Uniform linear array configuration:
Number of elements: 24
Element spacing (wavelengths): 1
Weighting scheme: exponential
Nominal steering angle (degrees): -45
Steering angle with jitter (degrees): -46.855
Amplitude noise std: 0.05
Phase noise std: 0.05

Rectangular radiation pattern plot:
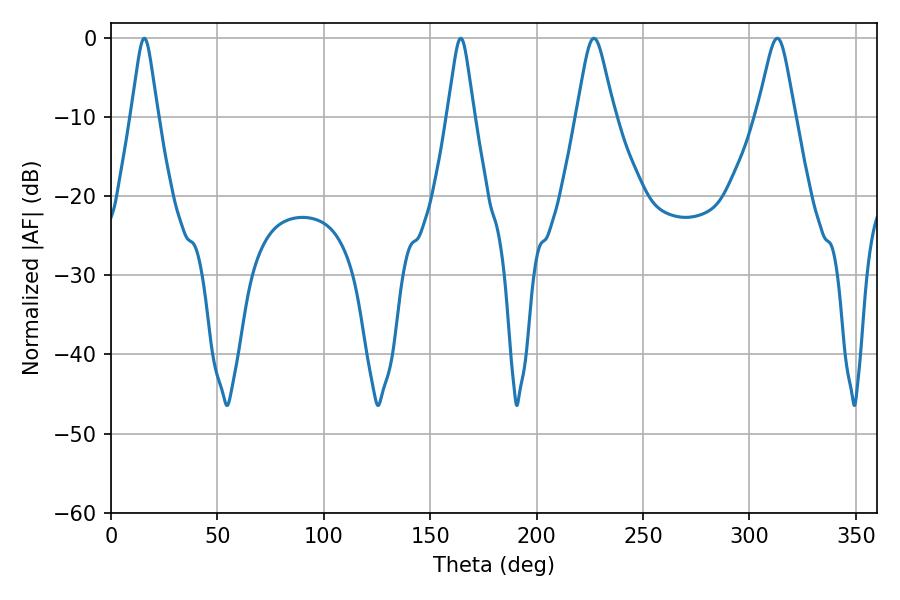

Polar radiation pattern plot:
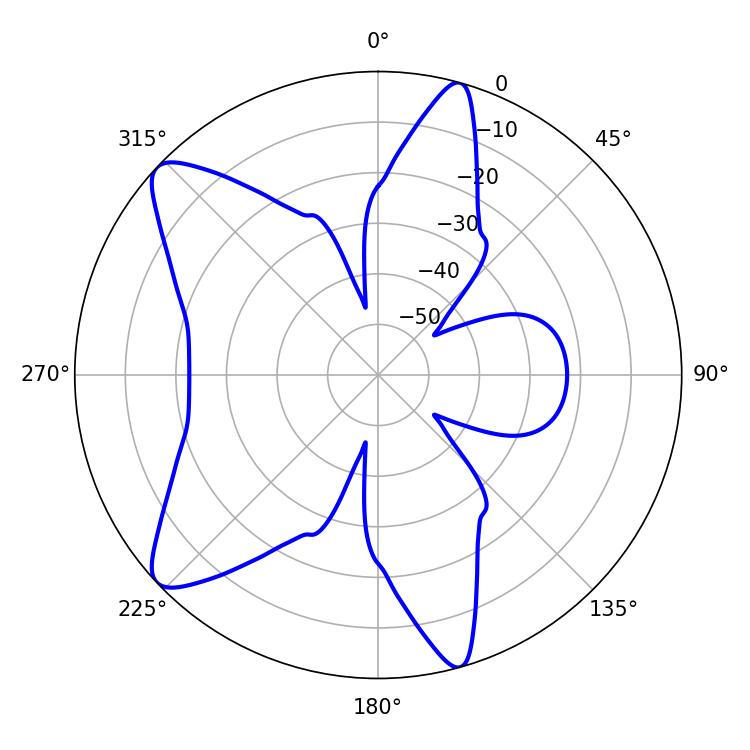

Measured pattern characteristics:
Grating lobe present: TRUE
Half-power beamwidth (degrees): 5.76
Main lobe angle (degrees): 15.66